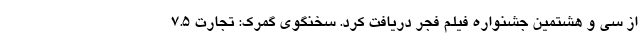
از سی و هشتمین جشنواره فیلم فجر دریافت کرد. سخنگوی گمرک: تجارت 7.5